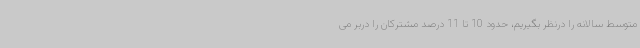
متوسط سالانه را درنظر بگیریم، حدود 10 تا 11 درصد مشترکان را دربر می